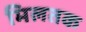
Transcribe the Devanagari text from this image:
मिलतक